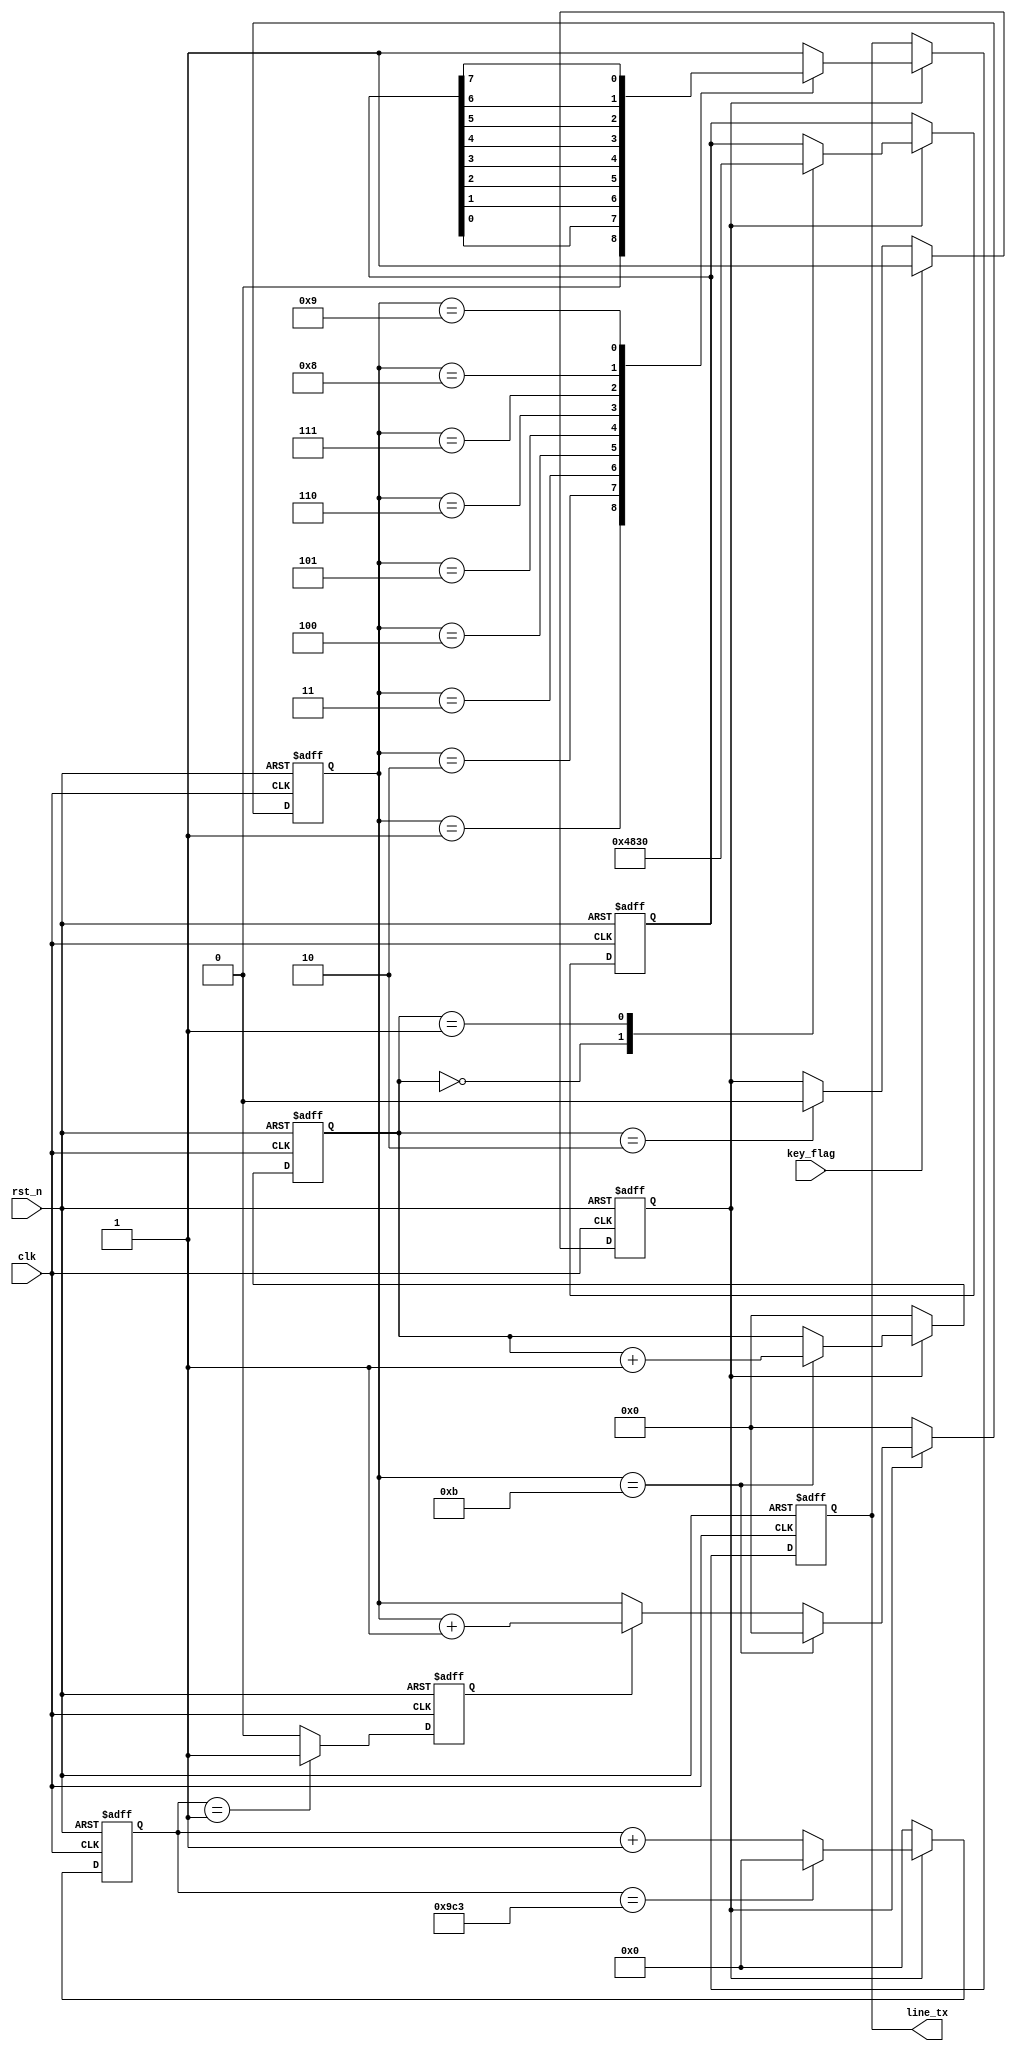
module uart_tx_ly4( clk,
	rst_n,
	key_flag,
	line_tx
    );
    input clk;
	input rst_n;
	input key_flag;
	output reg line_tx;
	 
	 
parameter tx_start = 0,tx_stop = 1; 
reg [12:0] cnt;
reg clk_tx;
reg [3:0] cnt_tx;
reg en ;
reg [3:0]cnt_stop;
reg [7:0]data_tx ;



always @(posedge clk or negedge rst_n)
begin
    if(!rst_n)
	 en <= 0;
	 else if(key_flag)
	 en <= 1;
	 else if(cnt_stop == 2)
	 en <= 0;
end

// 


always @(posedge clk or negedge rst_n)
begin
    if(!rst_n)
	     cnt <= 0;
	 else if(en)
	 begin
	     if(cnt == 2499)
	         cnt <= 0;
	     else 
	         cnt <= cnt + 1'b1;
	 end
	 else 
	     cnt <= 0;
end
//

always @(posedge clk or negedge rst_n)
begin
    if(!rst_n)
	     clk_tx <= 0;
	 else if(cnt == 1)
	     clk_tx <= 1;
	 else 
	     clk_tx <= 0;
end
//

always @(posedge clk or negedge rst_n)
begin
    if(!rst_n)
	 begin
	     cnt_tx <= 0;
		  cnt_stop <= 0;
		  end
	 else if(en)
	 begin
	     if(cnt_tx == 11)
		  begin
	         cnt_tx <= 0;
				cnt_stop <= cnt_stop + 1'b1;
				end
	     else if(clk_tx)
	         cnt_tx <= cnt_tx + 1'b1;
	 end
	 else 
	 begin
	     cnt_tx <= 0;
		  cnt_stop <= 0;
		  end
end

//

always @(posedge clk or negedge rst_n)
begin
    if(!rst_n)
	 data_tx <= 8'b1011_0111;
	 else if(en)
	 case(cnt_stop)
	 'd0:data_tx <= "H";	 
	 'd1:data_tx <= "0";	 
	 endcase
	 
end

always @(posedge clk or negedge rst_n)
begin
    if(!rst_n)
        line_tx <= 1;
	 else if(en)
	 case(cnt_tx)
	 'd0:line_tx <= 1;
	 'd1:line_tx <= tx_start;
	 'd2:line_tx <= data_tx[0];
	 'd3:line_tx <= data_tx[1];
	 'd4:line_tx <= data_tx[2];
	 'd5:line_tx <= data_tx[3];
	 'd6:line_tx <= data_tx[4];
	 'd7:line_tx <= data_tx[5];
	 'd8:line_tx <= data_tx[6];
	 'd9:line_tx <= data_tx[7];
	 'd10:line_tx <= tx_stop;
	 default:line_tx <= 1;
	 endcase
end

endmodule